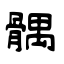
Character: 髃